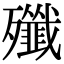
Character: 殲